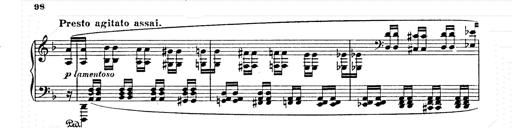
Title: AnnÃ©es de pÃ¨lerinage II
Composer: Franz Liszt